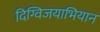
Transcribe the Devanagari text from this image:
दिग्विजयाभियान